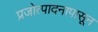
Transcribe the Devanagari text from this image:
प्रजोत्पादनापासून